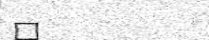
٦